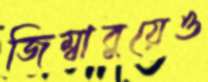
জিম্বাবুয়েও